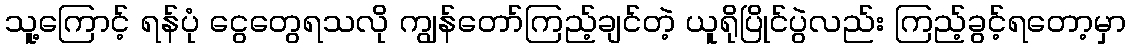
သူ့ကြောင့် ရန်ပုံ ငွေတွေရသလို ကျွန်တော်ကြည့်ချင်တဲ့ ယူရိုပြိုင်ပွဲလည်း ကြည့်ခွင့်ရတော့မှာ